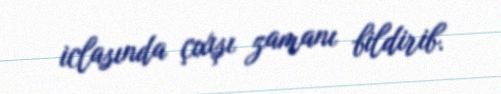
iclasında çıxışı zamanı bildirib.